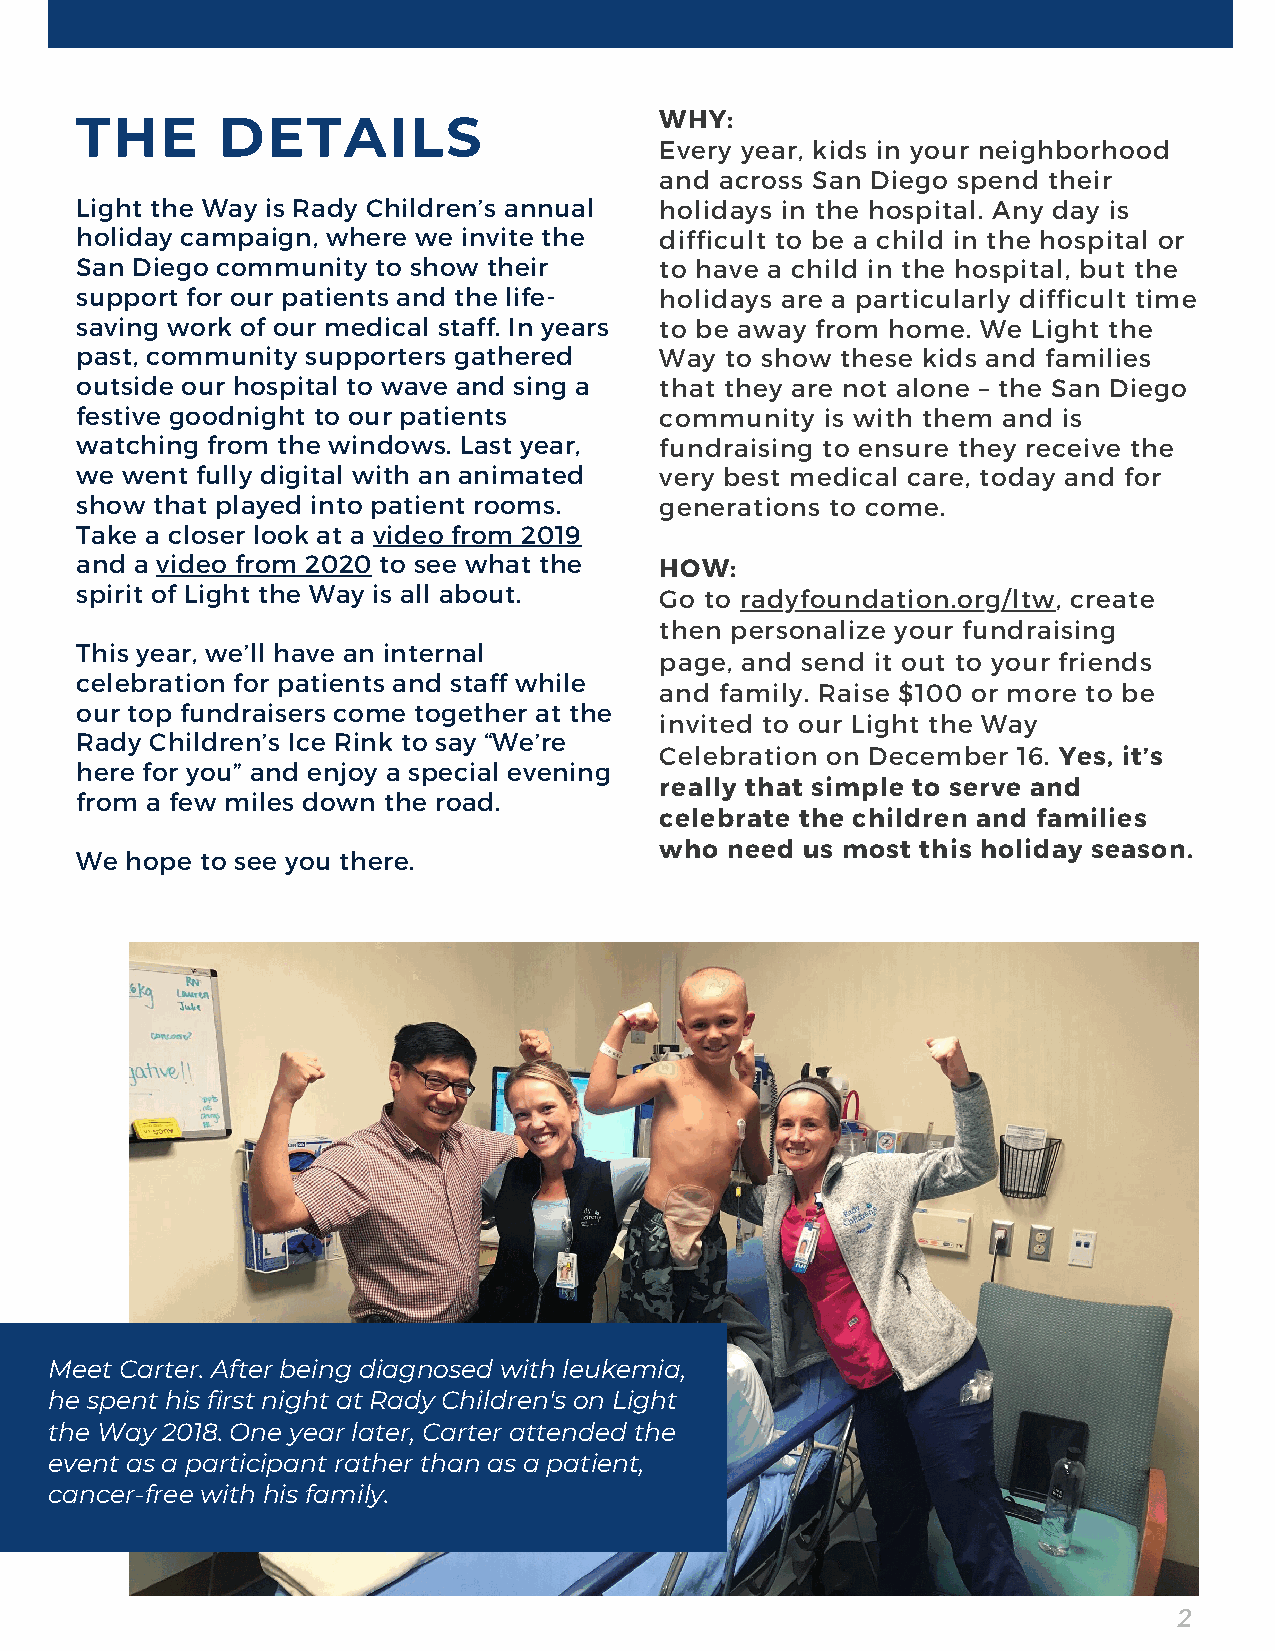
WHY:
 THE      DETAILS
 Every year, kids in your neighborhood
 and across San Diego spend their
 Light the Way is Rady Children’s annual holidays in the hospital. Any day is
 holiday campaign, where we invite the  difficult to be a child in the hospital or
 San Diego community to show their      to have a child in the hospital, but the
 support for our patients and the life- holidays are a particularly difficult time
 saving work of our medical staff. In years to be away from home. We Light the
 past, community supporters gathered    Way to show these kids and families
 outside our hospital to wave and sing a that they are not alone – the San Diego
 festive goodnight to our patients      community  is with them and is
 watching from the windows. Last year,  fundraising to ensure they receive the
 we went fully digital with an animated very best medical care, today and for
 show that played into patient rooms.   generations to come.
 Take a closer look at a video from 2019
 and a video from 2020 to see what the  HOW:
 spirit of Light the Way is all about.  Go to radyfoundation.org/ltw, create
 then personalize your fundraising
 This year, we’ll have an internal
 page, and send it out to your friends
 celebration for patients and staff while
 and family. Raise $100 or more to be
 our top fundraisers come together at the
 invited to our Light the Way
 Rady Children’s Ice Rink to say “We’re
 Celebration on December 16. Yes, it’s
 here for you” and enjoy a special evening
 really that simple to serve and
 from a few miles down the road.
 celebrate the children and families
 who need us most this holiday season.
 We hope to see you there.
 Meet Carter. After being diagnosed with leukemia,
 he spent his first night at Rady Children's on Light
 the Way 2018. One year later, Carter attended the
 event as a participant rather than as a patient,
 cancer-free with his family.
 2